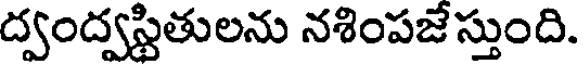
ద్వంద్వస్థితులను నశింపజే స్తుంది.